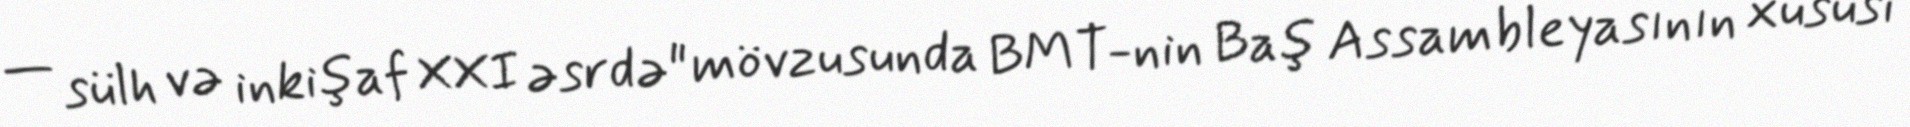
— sülh və inkişaf XXI əsrdə" mövzusunda BMT-nin Baş Assambleyasının xüsusi